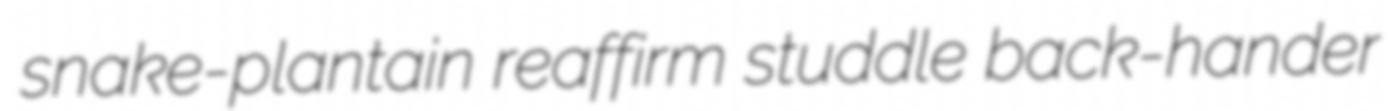
snake-plantain reaffirm studdle back-hander